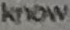
know